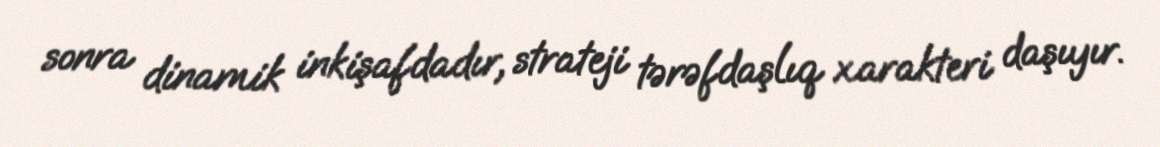
sonra dinamik inkişafdadır, strateji tərəfdaşlıq xarakteri daşıyır.